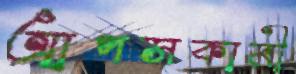
আপসকামী